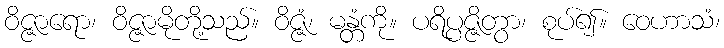
ဝိဇ္ဇာရော၊ ဝိဇ္ဇာမိုတို့သည်။ ဝိဇ္ဇံ၊ မန္တံကို။ ပရိပ္ပဇ္ဇိတွာ၊ စုပ်၍။ ဝေဟာသံ၊